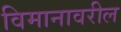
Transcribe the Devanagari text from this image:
विमानावरील